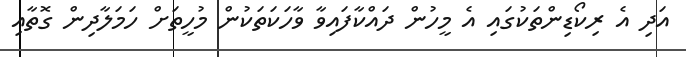
އަދި އެ ރިކޯޑިންތަކުގައި އެ މީހުން ދައްކާފައިވާ ވާހަކަތަކުން މުހީތަށް ހަމަލާދިން ގޮތާއި